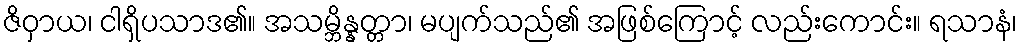
ဇိဝှာယ၊ ငါရှိပသာဒ၏။ အသမ္ဘိန္နတ္တာ၊ မပျက်သည်၏ အဖြစ်ကြောင့် လည်းကောင်း။ ရသာနံ၊